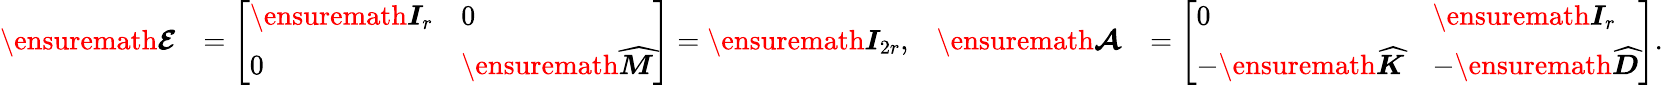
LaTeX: \begin{array}{rlrl}{\ensuremath{\boldsymbol{\mathcal{E}}}}&{=\left[\begin{array}{ll}{\ensuremath{\boldsymbol{I}}_{r}}&{0}\\ {0}&{\ensuremath{\skew 4\widehat{\boldsymbol{M}}}}\end{array}\right]=\ensuremath{\boldsymbol{I}}_{2r},}&{\ensuremath{\boldsymbol{\mathcal{A}}}}&{=\left[\begin{array}{ll}{0}&{\ensuremath{\boldsymbol{I}}_{r}}\\ {-\ensuremath{\skew 4\widehat{\boldsymbol{K}}}}&{-\ensuremath{\skew 4\widehat{\boldsymbol{D}}}}\end{array}\right].}\end{array}